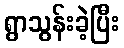
ရွာသွန်းခဲ့ပြီး